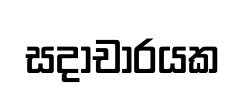
සදාචාරයක